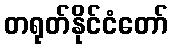
တရုတ်နိုင်ငံတော်